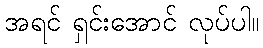
အရင် ရှင်းအောင် လုပ်ပါ။